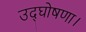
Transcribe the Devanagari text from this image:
उद्घोषणा।